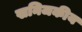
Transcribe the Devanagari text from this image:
खनिजकीय